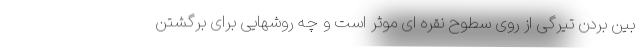
بین بردن تیرگی از روی سطوح نقره ای موثر است و چه روشهایی برای برگشتن